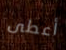
أعطى